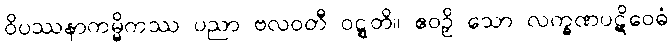
ဝိပဿနာကမ္မိကဿ ပညာ ဗလဝတီ ဝဋ္ဋတိ။ ဧဝဉှိ သော လက္ခဏပဋိဝေဓံ